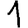
Digit: 1